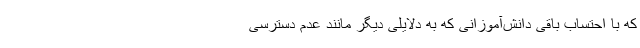
که با احتساب باقی دانش‌آموزانی که به دلایلی دیگر مانند عدم دسترسی